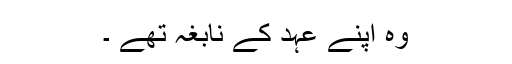
وہ اپنے عہد کے نابغہ تھے ۔